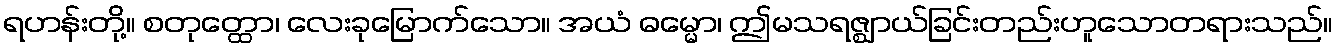
ရဟန်းတို့။ စတုတ္ထော၊ လေးခုမြောက်သော။ အယံ ဓမ္မော၊ ဤမသရဇ္ဈာယ်ခြင်းတည်းဟူသောတရားသည်။